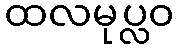
ထလမုပ္လဝ